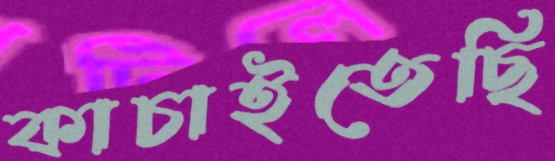
কাচাইতেছি